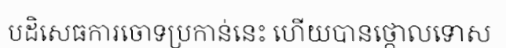
បដិសេធការចោទប្រកាន់នេះ ហើយបានថ្កោលទោស